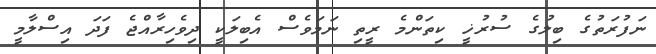
ނަފުރަތުގެ ބިލުގެ ސުރުޚީ ކިތަންމެ ރީތި ނަމަވެސް އެބިލަކީ ދިވެހިރާއްޖެ ފަދަ އިސްލާމީ